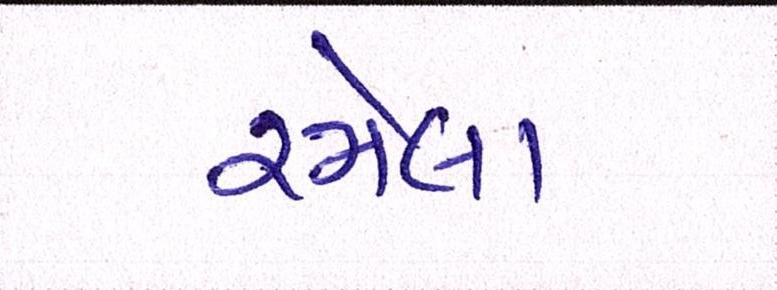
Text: રમેલા